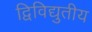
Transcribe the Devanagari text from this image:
द्विविद्युतीय